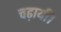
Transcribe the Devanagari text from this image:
चढ़ायीं।